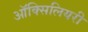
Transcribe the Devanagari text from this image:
ऑक्सिलियरी